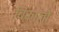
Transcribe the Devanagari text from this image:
बिकालो